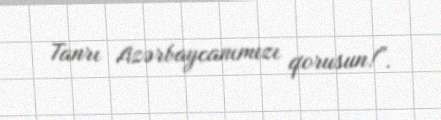
Tanrı Azərbaycanımızı qorusun!”.